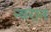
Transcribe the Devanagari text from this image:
न्यरान